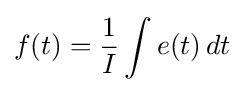
f(t)={\frac {1}{I}}\int e(t)\,dt